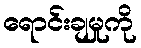
ရောင်းချမှုကို